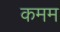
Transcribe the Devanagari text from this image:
कमम